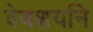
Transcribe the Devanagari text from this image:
देवशयनि